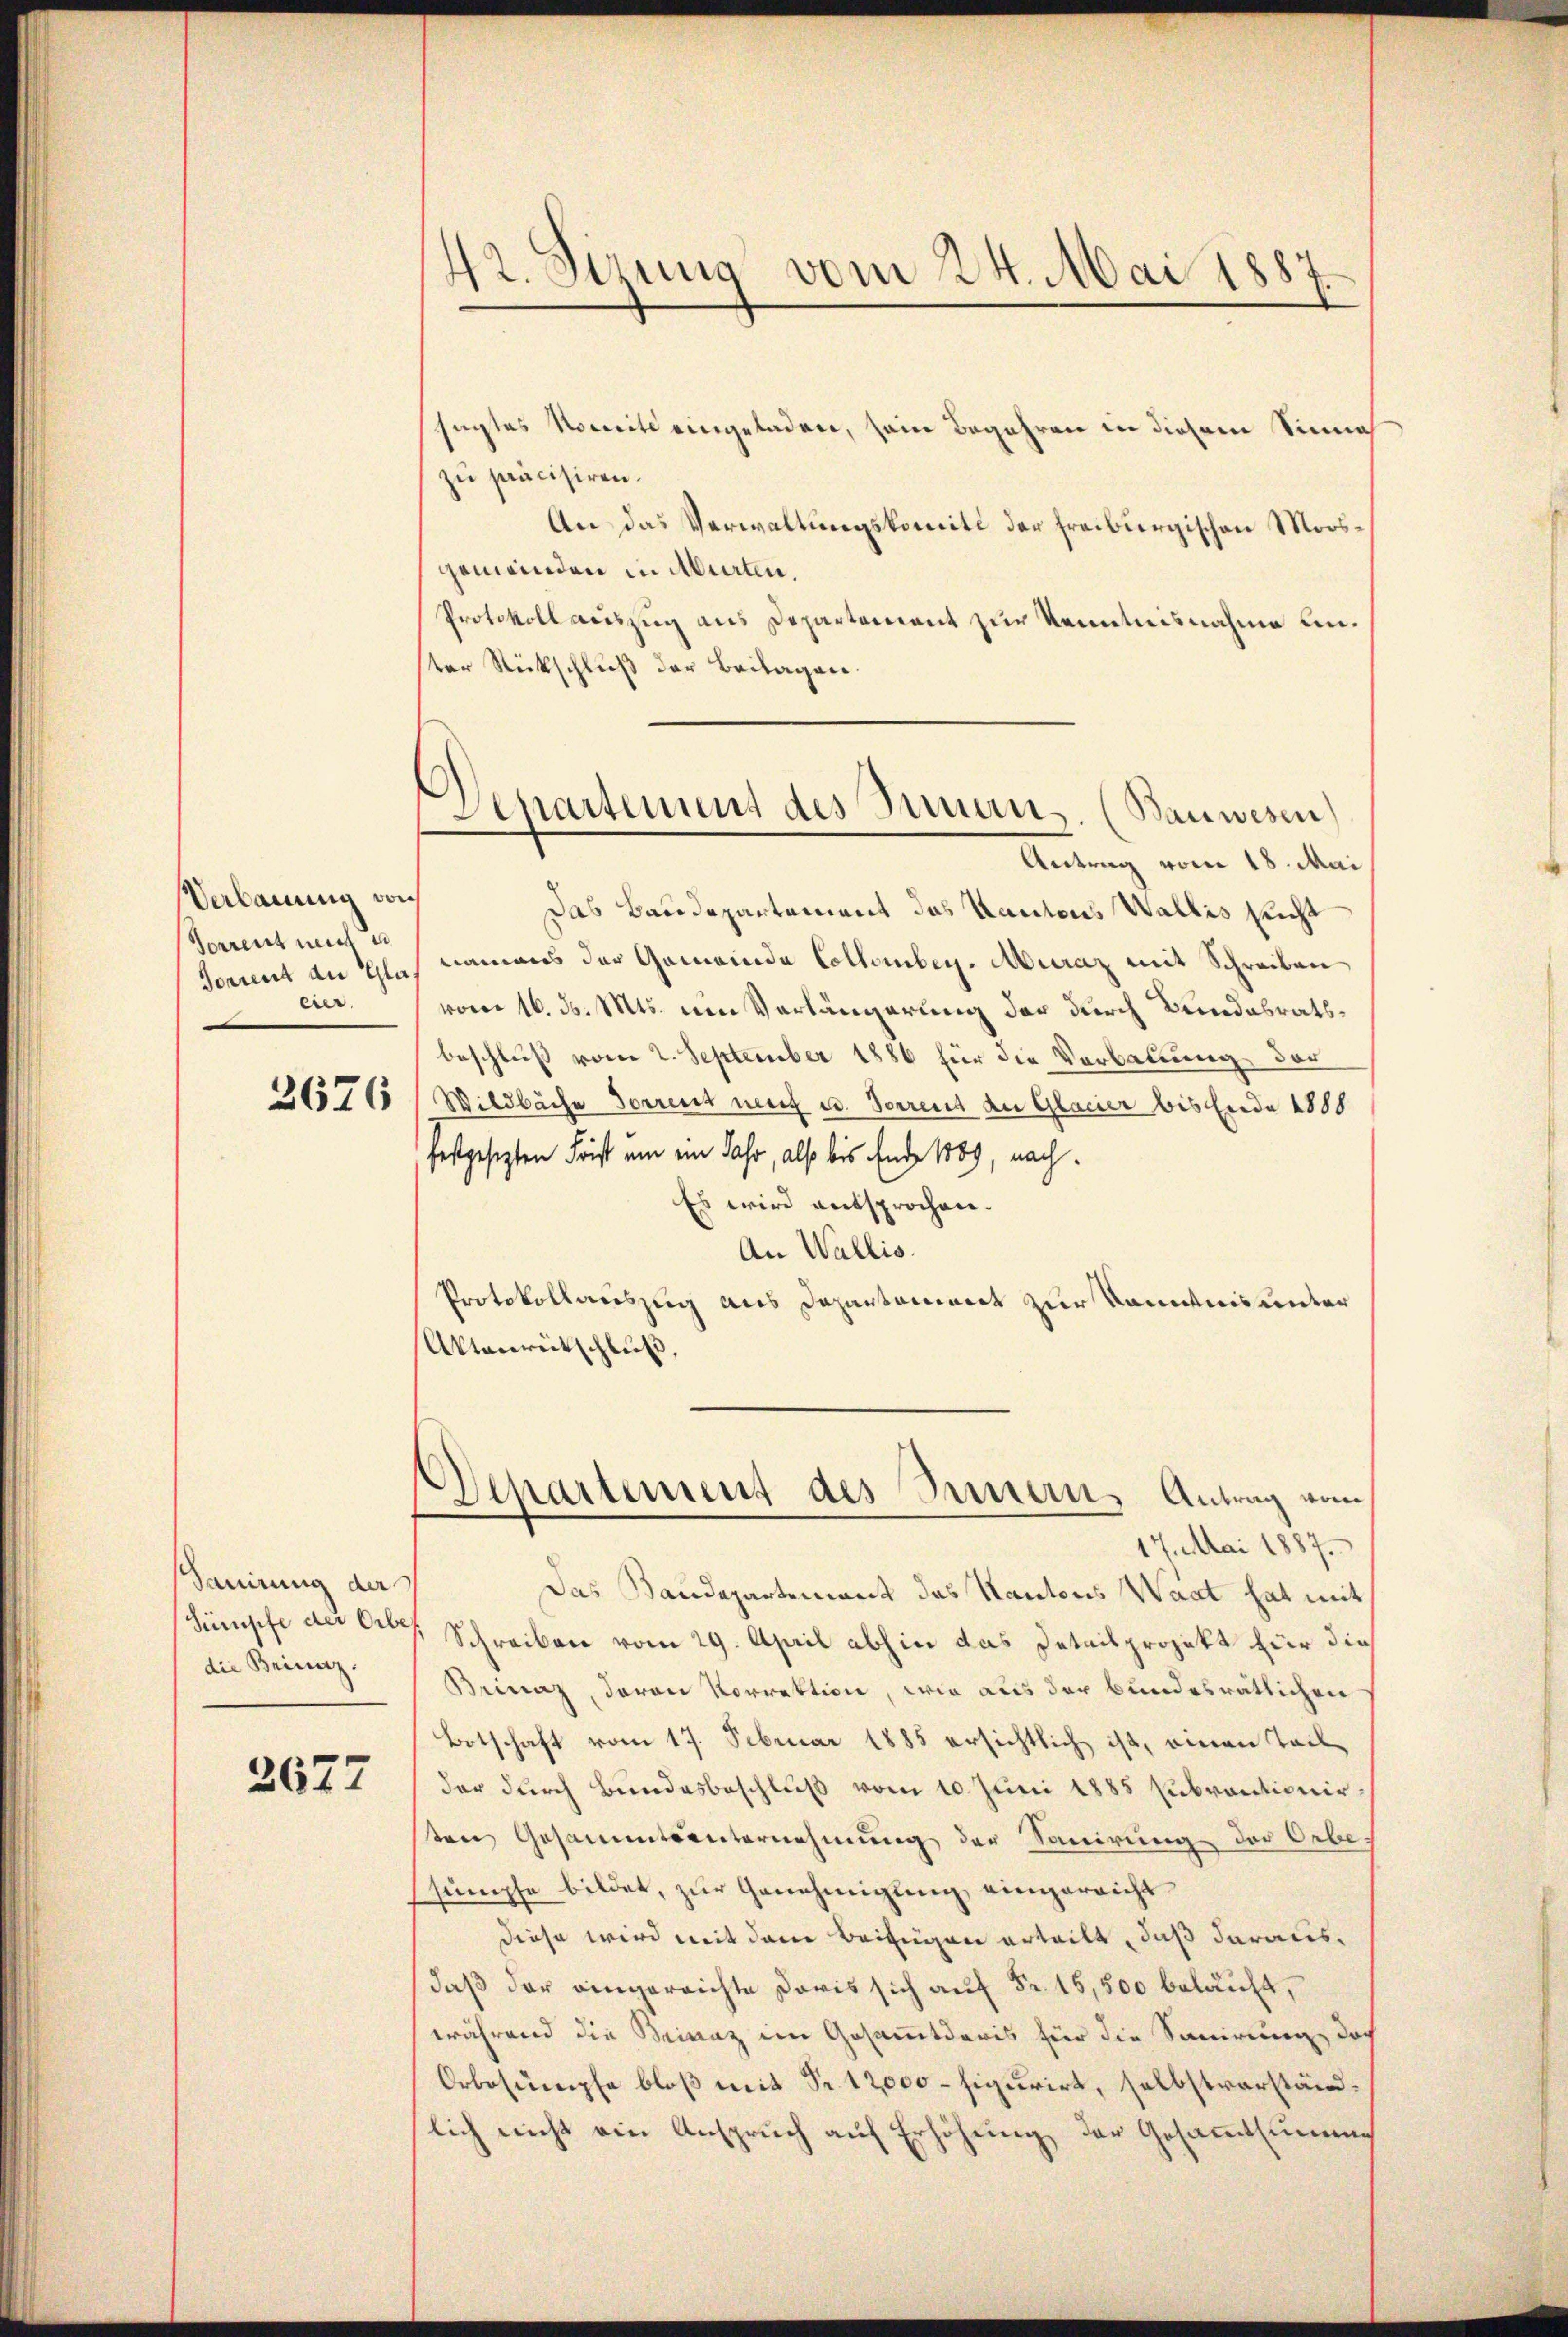
Verbauung von
Vorrent mit e
Torient an Gla
eier.

2676

Sauirung der
Sümpfe der Erbe
die Beinaz.

2677

42. Sizung vom 24. Mai 188

sagtes Nomite eingeladen, sein Begehren in diesem Sinna
zu präcisiren.
An das Verwaltungskomité der freiburgischen Moosgemeinden in Abirten.
Protokoll auszug aus Departement zur Kenntnisnahme unster Rückschluß der Beilagen.
Das Baudepartement des Kantons Wallis sucht
namens der Gemeinde Collomber. Muraz mit Schreiben
vom 16. ds. Mts. um Verlängerung der durch Bundesrathbeschluß vom 2. September 1886 für die Verbauung der
Wildbäche Forrent neu u. Vorrent der Glacier bis Ende 1888
festgesetzten Frist um ein Jahr, also bis Ende 1889, nach¬
Es wird entsprochen.
An Wallis.
Protokollauszug aus Departement zur Kenntnis unter
Aktanrückschluß,
Departement des Innern, Antrag vom
17. Mai 1887.
Das Baudepartement das Kantons Waat hat mit
7 Schreiben vom 29. April abhin das Detailprojekt für dies
Brinaz, davon Vorrektion, wie aus der bundesrätlichen
Botschaft vom 17. Februar 1885 ersichtlich ist, einen Teil
der durch Bundesbeschluß vom 10. Juni 1885 zubrantionir
ten Gesammtsunternehmung der Sanirung der Orbe,
ssümpfe bildet, zur Genehmigung, eingereicht
diese wird mit dem Beifügen erteilt, daß darausdaß der eingereichte Doris sich auf Fr. 15,500 belauft,
während die Beinaz im Gesammtdaris für die Sanirung doch
Orbesumpfe bloß mit Fr. 12000 – figurirt, selbstverständlich nicht ein Anspruch auf Erhöhung der Gesammtsumme

Separtement des Innens. (Bauwesen)
Antrag vom 18. Mai